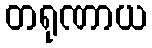
တရုဏာယ